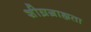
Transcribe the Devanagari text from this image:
शीघ्रग्राह्यता